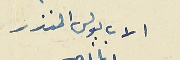
الاب بولس المنذر